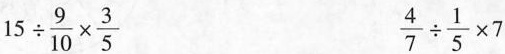
$$15 \div \frac{9}{10}\times \frac{3}{5}$$ $$\frac{4}{7}\div \frac{1}{5}\times 7$$